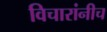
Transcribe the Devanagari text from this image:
विचारांनीच